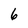
Character: 6